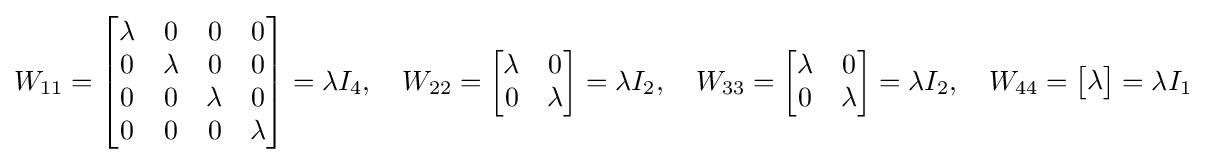
W_{11}={\begin{bmatrix}\lambda &0&0&0\\0&\lambda &0&0\\0&0&\lambda &0\\0&0&0&\lambda \\\end{bmatrix}}=\lambda I_{4},\quad W_{22}={\begin{bmatrix}\lambda &0\\0&\lambda \\\end{bmatrix}}=\lambda I_{2},\quad W_{33}={\begin{bmatrix}\lambda &0\\0&\lambda \\\end{bmatrix}}=\lambda I_{2},\quad W_{44}={\begin{bmatrix}\lambda \\\end{bmatrix}}=\lambda I_{1}